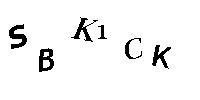
SBK1CK